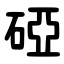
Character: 䃁